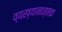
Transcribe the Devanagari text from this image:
व्यख्यानात्मक